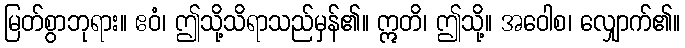
မြတ်စွာဘုရား။ ဧဝံ၊ ဤသို့သိရာသည်မှန်၏။ ဣတိ၊ ဤသို့။ အဝေါစ၊ လျှောက်၏။